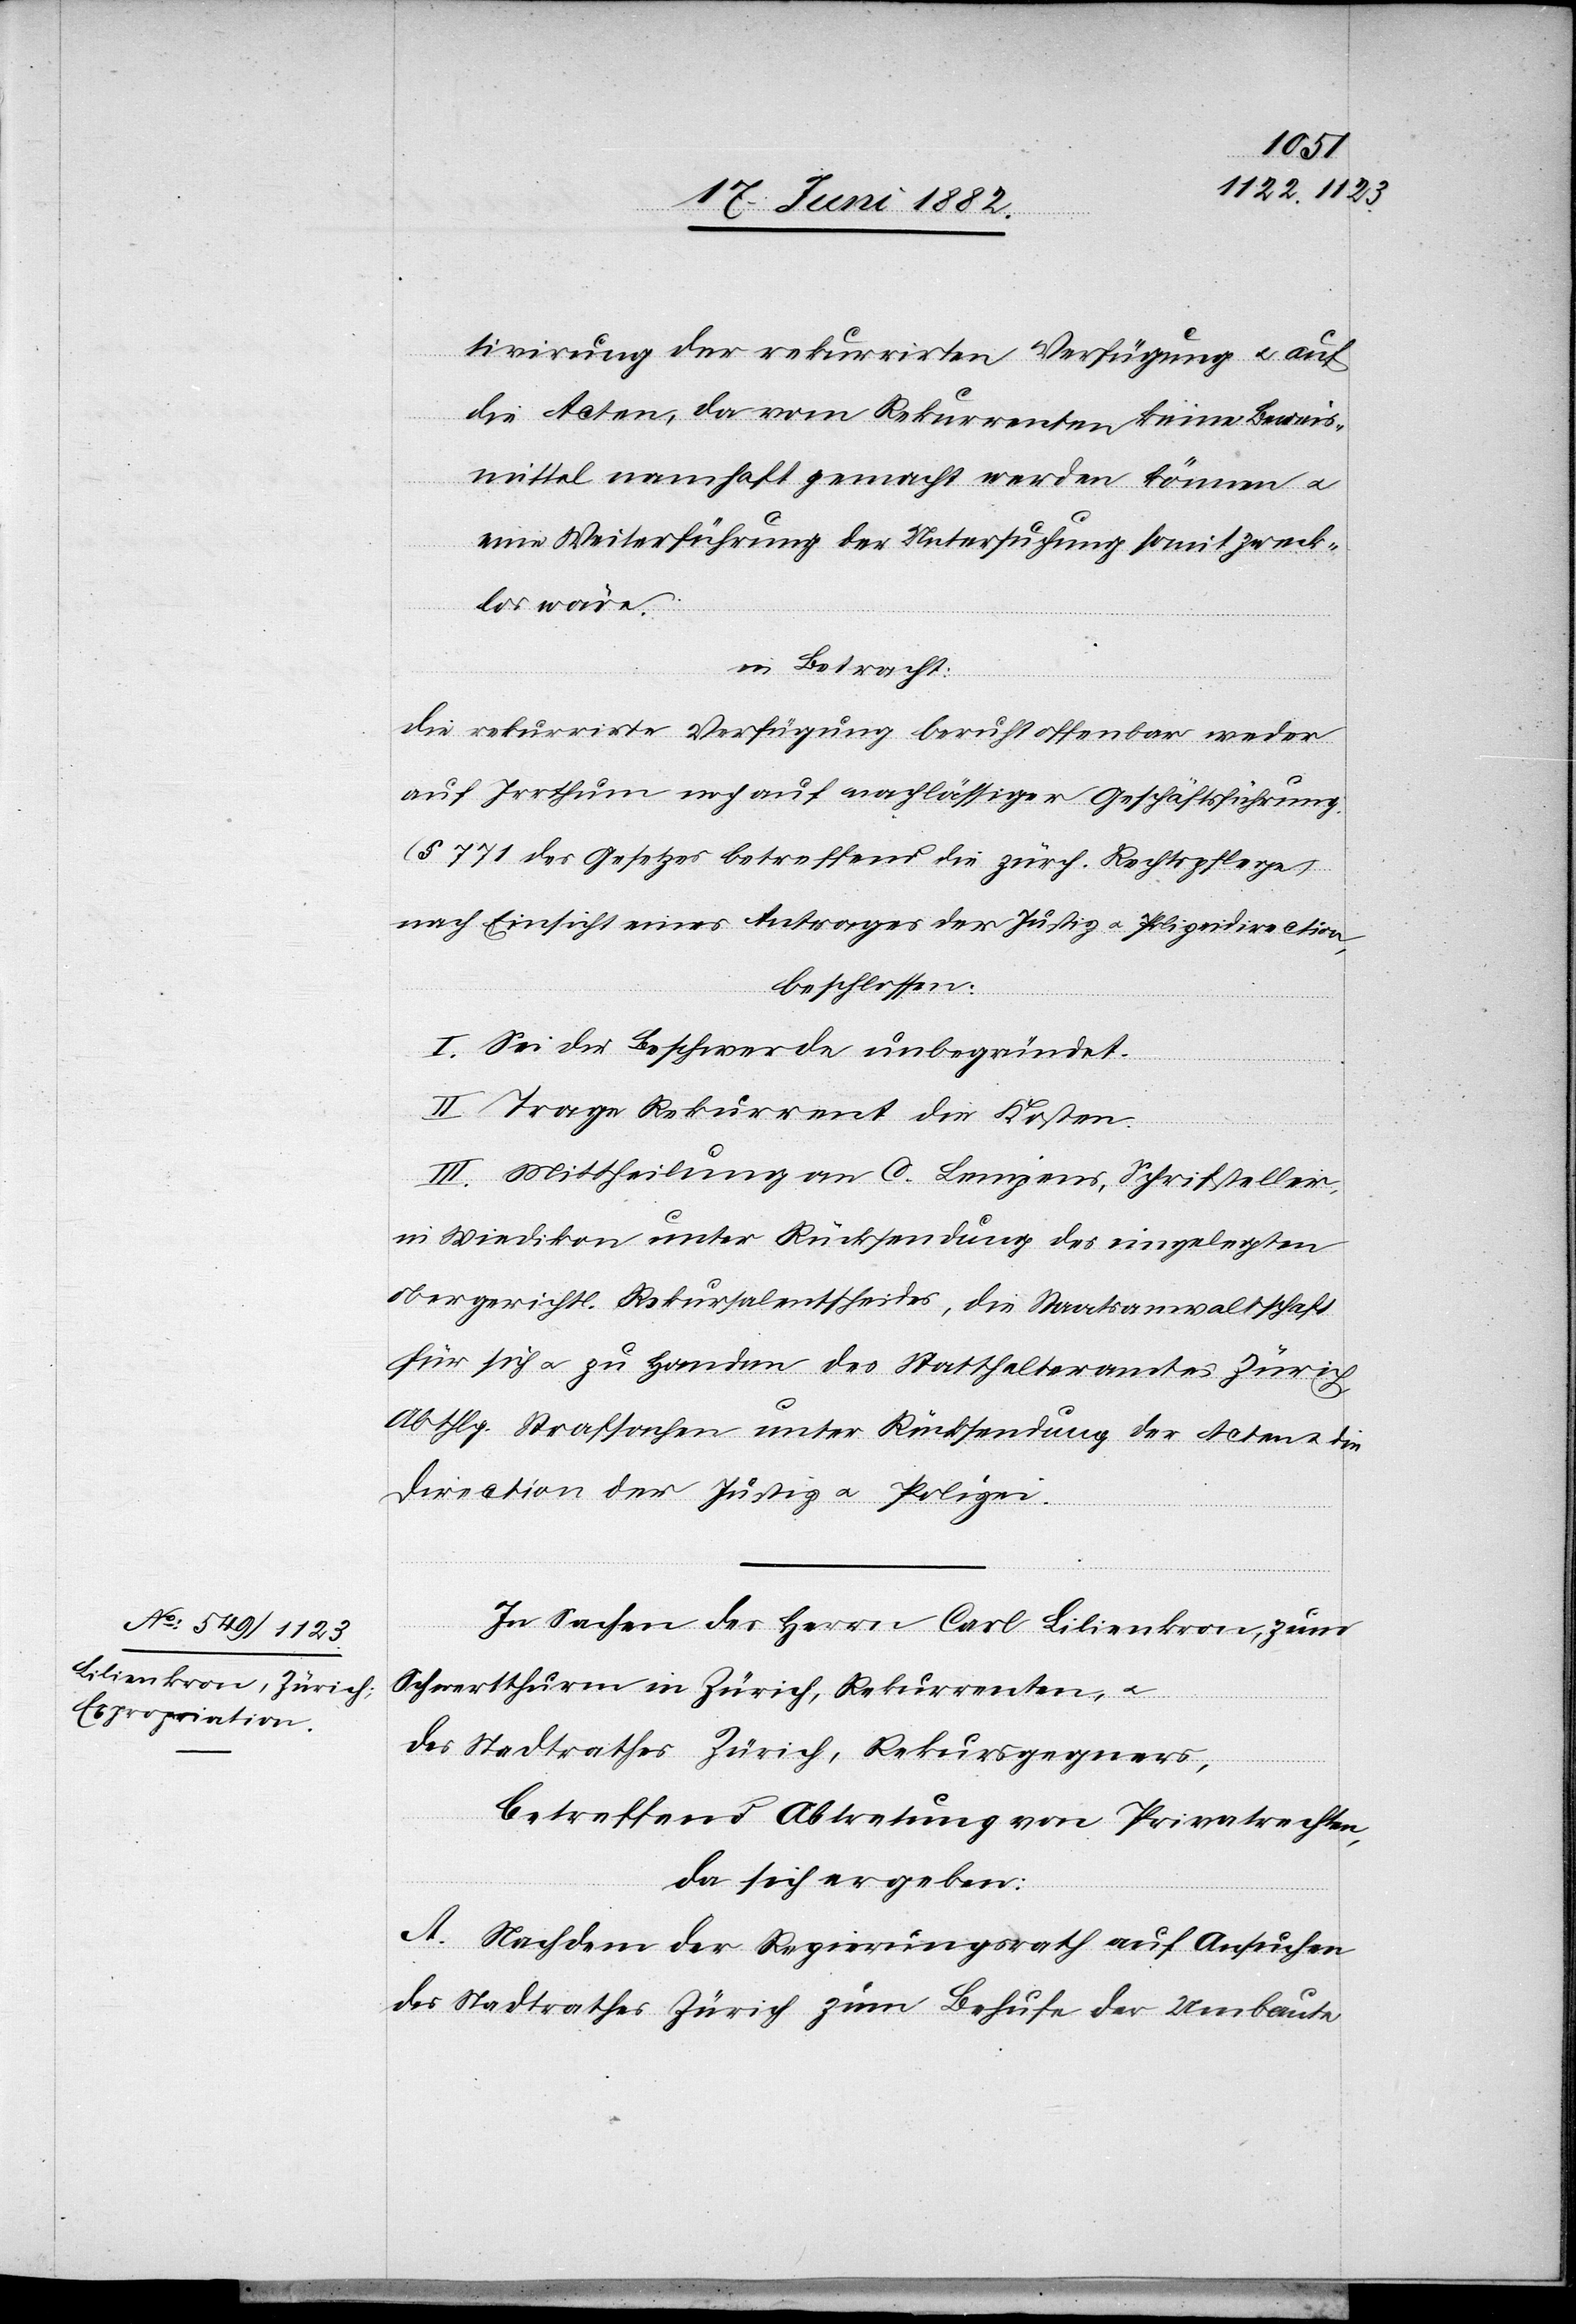
tivirung der rekurrirten Verfügung u. auf
die Acten, da vom Rekurrenten keine Beweis¬
mittel namhaft gemacht werden können u.
eine Weiterführung der Untersuchung somit zweck¬
los wäre.
in Betracht:
Die rekurrirte Verfügung beruht offenbar weder
auf Irrthum noch auf nachlässiger Geschäftsführung.
(§ 771 des Gesetzes betreffend die zürch. Rechtspflege),
nach Einsicht eines Antrages der Justiz- u. Polizeidirection,
beschlossen:
I. Sei die Beschwerde unbegründet.
II. Trage Rekurrent die Kosten.
III. Mittheilung an C. Lempens, Schriftsteller,
in Wiedikon unter Rücksendung des eingelegten
obergerichtl. Rekursalentscheides, die Staatsanwaltschaft
für sich u. zu Handen des Statthalteramtes Zürich,
Abthlg. Strafsachen unter Rücksendung der Acten u. die
Direction der Justiz u. Polizei.
In Sachen des Herrn Carl Lilienkron, zum
Schwertthurm in Zürich, Rekurrenten, u.
des Stadtrathes Zürich, Rekursgegners,
betreffend Abtretung von Privatrechten,
da sich ergeben:
A. Nachdem der Regierungsrath auf Ansuchen
des Stadtrathes Zürich zum Behufe der Umbaute